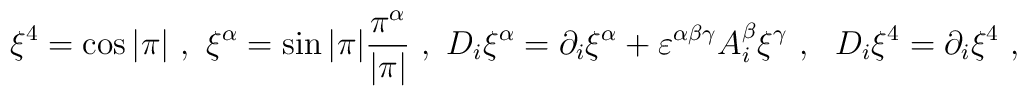
\xi^4 = \cos |\pi| \ , \ \xi^\alpha = \sin |\pi| \frac{\pi^\alpha}{|\pi|} \ ,\ D_i\xi^\alpha= \partial_i \xi^\alpha  +\varepsilon^{\alpha\beta\gamma} A_i^\beta \xi^\gamma  \ , \ \ D_i\xi^4= \partial_i \xi^4  \ , \nonumber